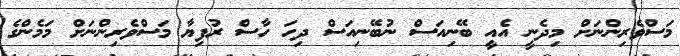
މަސްވެރިންނަށް މިދެނީ އެއީ ބޭނިއަސް ނުބޭނިއަސް ދިހަ ހާސް ރުފިޔާ މަަސްވެރިންނަށް މަމެންގެ